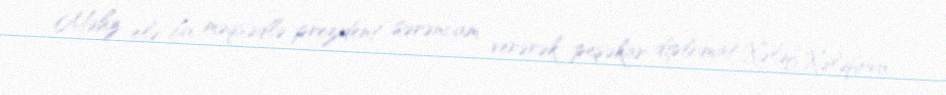
Məhz elə bu məqsədlə prezident sərəncam verərək peşəkar diplomat Xələf Xələfovu